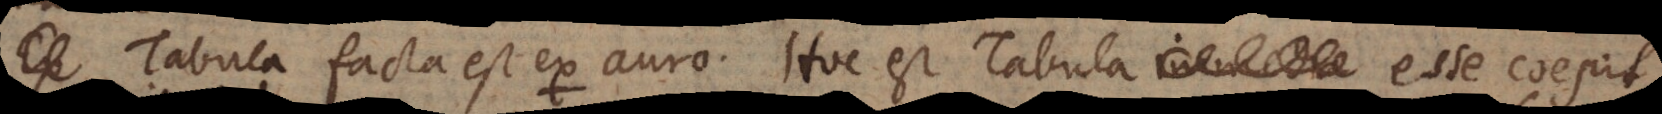
Tabula facta est ex auro. Hoc est Tabula esse coepit